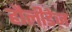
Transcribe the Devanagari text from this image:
हौलीडेज़